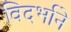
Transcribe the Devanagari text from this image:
विदर्भाने